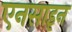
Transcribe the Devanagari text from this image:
एनसाइन